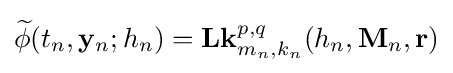
{\widetilde {\mathbf {\phi } }}(t_{n},\mathbf {y} _{n};h_{n})=\mathbf {L\mathbf {k} } _{m_{n},k_{n}}^{p,q}(h_{n},\mathbf {M} _{n},\mathbf {r} )